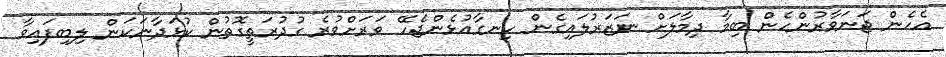
އެހެން ޖަނަވާރުންހެން ބިމާ ދިމާލަށް ނަޒަރުލައިގެން ހިނގާއުޅެންޖެހޭ ވަރަށްވުރެ ގުދުރަތީގޮތުން ކުޅަދާނަކަން ލިބިފައިވާ